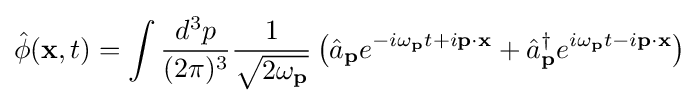
{\hat {\phi }}(\mathbf {x} ,t)=\int {\frac {d^{3}p}{(2\pi )^{3}}}{\frac {1}{\sqrt {2\omega _{\mathbf {p} }}}}\left({\hat {a}}_{\mathbf {p} }e^{-i\omega _{\mathbf {p} }t+i\mathbf {p} \cdot \mathbf {x} }+{\hat {a}}_{\mathbf {p} }^{\dagger }e^{i\omega _{\mathbf {p} }t-i\mathbf {p} \cdot \mathbf {x} }\right)